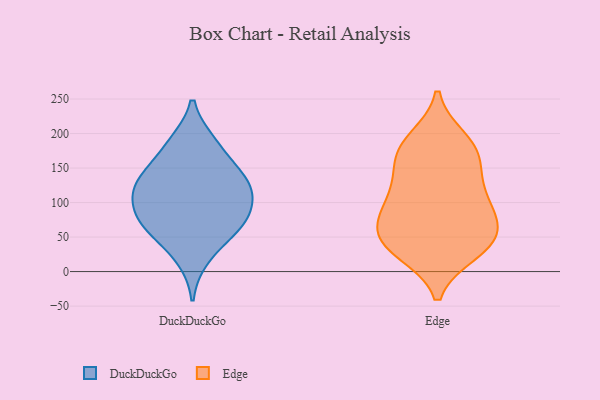
{"axis": {"x": "Gross Profit (USD K)", "y": "Value"}, "legend": ["DuckDuckGo", "Edge"], "data": [{"x": "", "y": 142, "type": "DuckDuckGo"}, {"x": "", "y": 19, "type": "DuckDuckGo"}, {"x": "", "y": 90, "type": "DuckDuckGo"}, {"x": "", "y": 63, "type": "DuckDuckGo"}, {"x": "", "y": 62, "type": "DuckDuckGo"}, {"x": "", "y": 127, "type": "DuckDuckGo"}, {"x": "", "y": 111, "type": "DuckDuckGo"}, {"x": "", "y": 105, "type": "DuckDuckGo"}, {"x": "", "y": 129, "type": "DuckDuckGo"}, {"x": "", "y": 144, "type": "DuckDuckGo"}, {"x": "", "y": 60, "type": "DuckDuckGo"}, {"x": "", "y": 187, "type": "DuckDuckGo"}, {"x": "", "y": 185, "type": "DuckDuckGo"}, {"x": "", "y": 83, "type": "DuckDuckGo"}, {"x": "", "y": 79, "type": "Edge"}, {"x": "", "y": 120, "type": "Edge"}, {"x": "", "y": 170, "type": "Edge"}, {"x": "", "y": 88, "type": "Edge"}, {"x": "", "y": 54, "type": "Edge"}, {"x": "", "y": 157, "type": "Edge"}, {"x": "", "y": 103, "type": "Edge"}, {"x": "", "y": 37, "type": "Edge"}, {"x": "", "y": 124, "type": "Edge"}, {"x": "", "y": 167, "type": "Edge"}, {"x": "", "y": 28, "type": "Edge"}, {"x": "", "y": 192, "type": "Edge"}, {"x": "", "y": 30, "type": "Edge"}, {"x": "", "y": 188, "type": "Edge"}, {"x": "", "y": 54, "type": "Edge"}, {"x": "", "y": 79, "type": "Edge"}, {"x": "", "y": 43, "type": "Edge"}]}